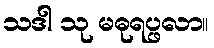
သဒါ သု မဓုရပ္ဖလာ။